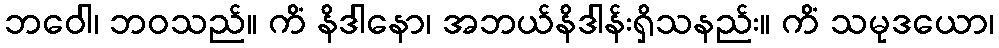
ဘဝေါ၊ ဘဝသည်။ ကိံ နိဒါနော၊ အဘယ်နိဒါန်းရှိသနည်း။ ကိံ သမုဒယော၊